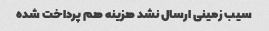
سیب زمینی ارسال نشد هزینه هم پرداخت شده